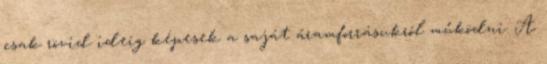
csak rövid ideig képesek a saját áramforrásukról működni. A